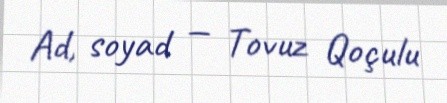
Ad, soyad — Tovuz Qoçulu